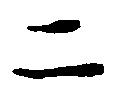
二